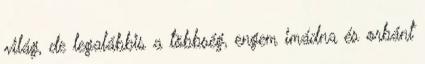
világ, de legalábbis a többség, engem imádna és orbánt